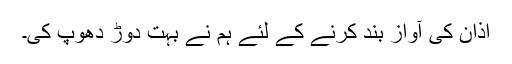
اذان کی آواز بند کرنے کے لئے ہم نے بہت دوڑ دھوپ کی۔